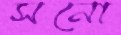
সনো